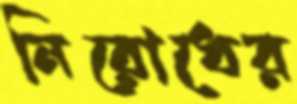
নিরোধের